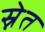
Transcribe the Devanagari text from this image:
स्नेत